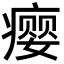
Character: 瘿